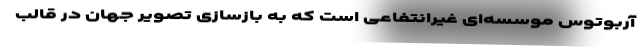
آربوتوس موسسه‌ای غیرانتفاعی است که به بازسازی تصویر جهان در قالب